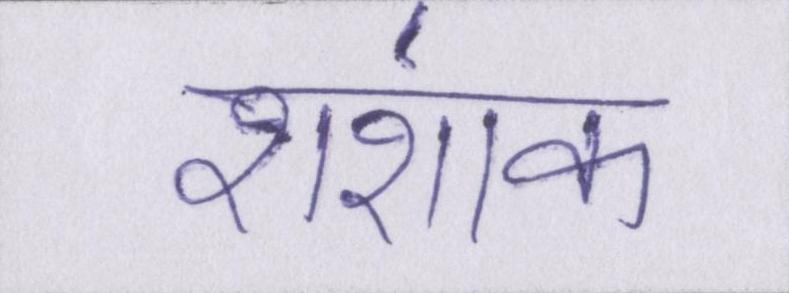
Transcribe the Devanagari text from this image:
शशांक